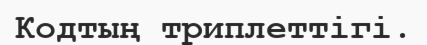
Кодтың триплеттiгi.